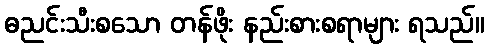
ဓညင်းသီးစသော တန်ဖိုး နည်းစားစရာများ ရသည်။